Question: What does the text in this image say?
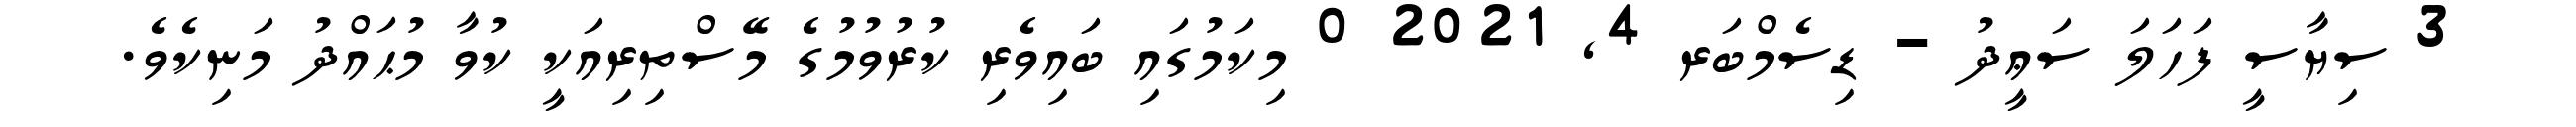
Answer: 3 ސިޔާސީ ފަހަލަ ސަޢީދު - ޑިސެމްބަރ 4, 2021 0 މިކަމުގައި ބައިވެރި ކުރުވުމުގެ މޭސްތިރިއަކީ ކުވާ މުޙައްދު މަނިކެވެ.